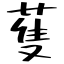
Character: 蒦